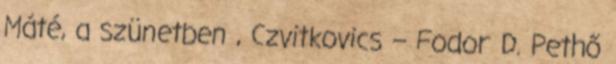
Máté, a szünetben , Czvitkovics – Fodor D. Pethő